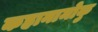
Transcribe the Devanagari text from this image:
कहानामोकु